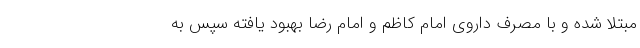
مبتلا شده و با مصرف داروی امام کاظم و امام رضا بهبود یافته سپس به